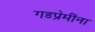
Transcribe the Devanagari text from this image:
गडप्रेमींना